Lunatic asylums Madras 1892-1911 - 1892-1911
Year: 1892
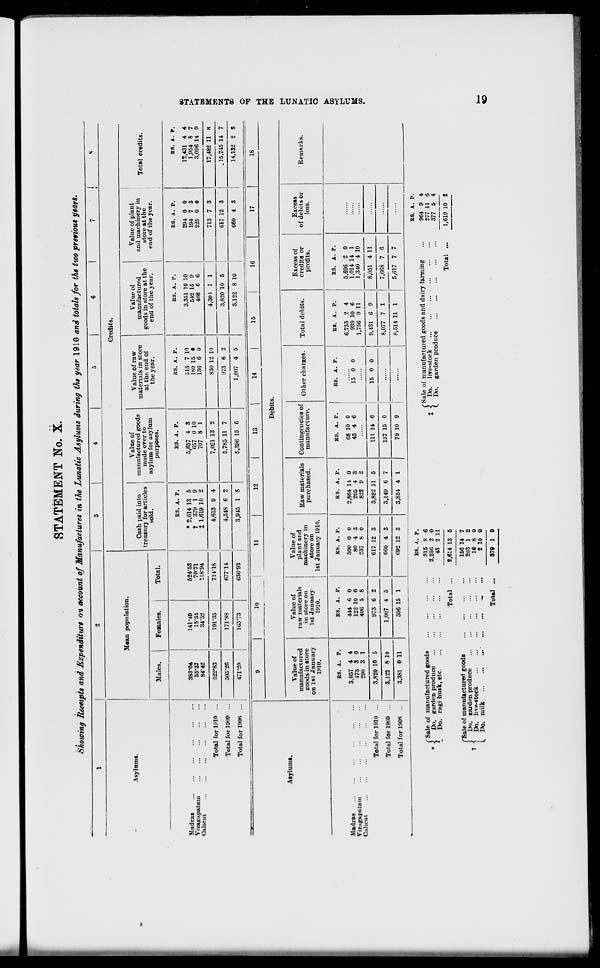
STATEMENT No. X.
Showing Receipts and Expenditure on account of Manufactures in the Lunatic Asylums during the year 1910 and totals for the two previous years.
1
-
1
3
1
6
1
7
<
Asylums.
Mean population.
Credits.
•
Cash paid into
treasury for articles
sold.
mam
m
asyl
Value of
ifactured goods
ade over to
im for asylum
purposes.
Value of raw
materials in store
at the end of
the year.
Value of
manufactured
goods in store at the
end of the year.
Value of plant
and machinery in
store at the
end of the year.
Total credits
Males.
Females, j
Total.
Madras
Vizagapataui
Calicut
Total for IBU ...
Total for 1909 ...
383*04
55-37
84-42
141-49
15-34
34-52
524-5S
70-71
118-94
*
ES. A. P.
2,614 13 5
379 1 9
1,619 10 2
BS. A. P.
5,657 4 S
657 0 10
707 8 1
BS. A. P.
513 7 10
180 15 •
136 6 0
BS. A. P.
3,351 10 10
542 15 9
408 6 6
ES. A. P.
294 0 0
194 7 3
225 0 0
BS. A.
12,431 4
1,954 8
3,096 14
p.
4
7
9
8
CO
H
>
H
H
K
H
BQ
O
522*83
19V35
714-18
4,613 9 4
7,021 13 2
830 12 1')
4,30 i 1 1
713 7 3
17,482 11
505-26
171-88
C 77-14
.
4,548 6 2
5,785 11 7
978 6 2
3,820 10 5
617 12 3
.15,745 14 7
Total for 190S ...
471-20
105-73
63(5-93
3,945 1 S
5,396 15 6
1,007 4 5
3,122 8 10
660 4 3
14,132 2 S
Asylums.
9
10
1
i
11
12
13
|
14
|
15
|
16
17
18
Debits.
w
Value of
manufactured
jroods in store
on 1st January
1910.
Value of
raw materials
in store on
1st January
1910.
Value of
plant and
machinery in
store on
1st January 19K .
Raw materials
purchased.
Contingencies of 0thpr r i, arces
manufacture.
Utlier cliaiges.
Total debits.
Excess of
credits or
profits.
Excess
of debits or
loss.
Remarks.
>
t-t
Q
Madias
Vizagapatain
Calicut
Total for 1910 ...
Total for 19<>9 ...
Total for 1908 ...
BS. A. P.
3.057 4 4
198 S 0
290 3 1
as. A. P.
444 6 0
122 10 6
406 5 8
ES. A. P.
300 0 0
80 4 3
237 8 0
BS. A
2,864 14
205 4
822 9
. P.
0
3
2
BS. A. P.
E8. A. P.
68 10 0
43 4 6
15 0 0
BS. A. P.
6,735 2 4
939 10 6
1,756 9 11
BS. A. P.
5,696 2 0
1,014 14 1
1,340 4 10
>
DO
el
K
TJX
3,820 10 5
973 6 2
617 12 3
3,892 11 5
111 14 6
15 0 0
9,431 6 9
8,051 4 11
3,122 8 10
1,007 4 5
660 4 3
3,149 6 7
137 15 0
8,077 7 1
7,668 7 6
3,381 0 11
506 15 1
692 12 3
3,854 4 1
79 10 9
8,514 11 1
5,617 7 7
( Sale of manufactured goods
* \
Do. garden produce
*_ Do. ragi husk, etc
Total ...
rSale of manufactured goods
t I Do. earden produce
' , Do. live-stock
L Do. milk
'
«.
Total ...
BS. }.. p.
315 8 6
2,256 2 0
43 2 11
•
("Sale of manufactured goods and dairy fanning
t < Do. live-stock
C Do. garden produce
Total ...
ES. A. P.
964 9 4
277 11 6
377 5 4
1,619 10 I
2,614 13 5
156 14 7
203 1 2
16 8 0
2 10 0
1—I
879 1 9
«©